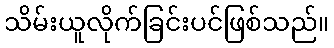
သိမ်းယူလိုက်ခြင်းပင်ဖြစ်သည်။